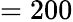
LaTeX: =200